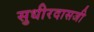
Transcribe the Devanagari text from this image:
सुधीरदासजी